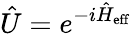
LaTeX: \hat{U}=e^{-i\hat{H}_{\mathrm{eff}}}